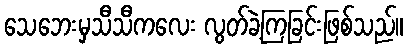
သေဘေးမှသီသီကလေး လွတ်ခဲ့ကြခြင်းဖြစ်သည်။